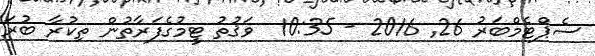
ސެޕްޓެމްބަރު 26